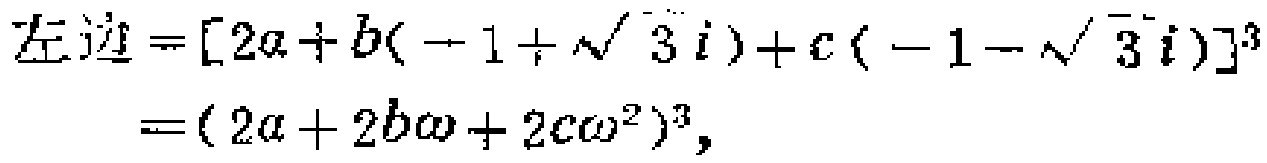
\[
\begin{align*}
左边&=[2a + b(-1 + \sqrt{3}i)+c(-1 - \sqrt{3}i)]^{3}\\
&=(2a + 2b\omega+2c\omega^{2})^{3},
\end{align*}
\]